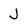
Character: J